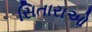
સિતારાઓ